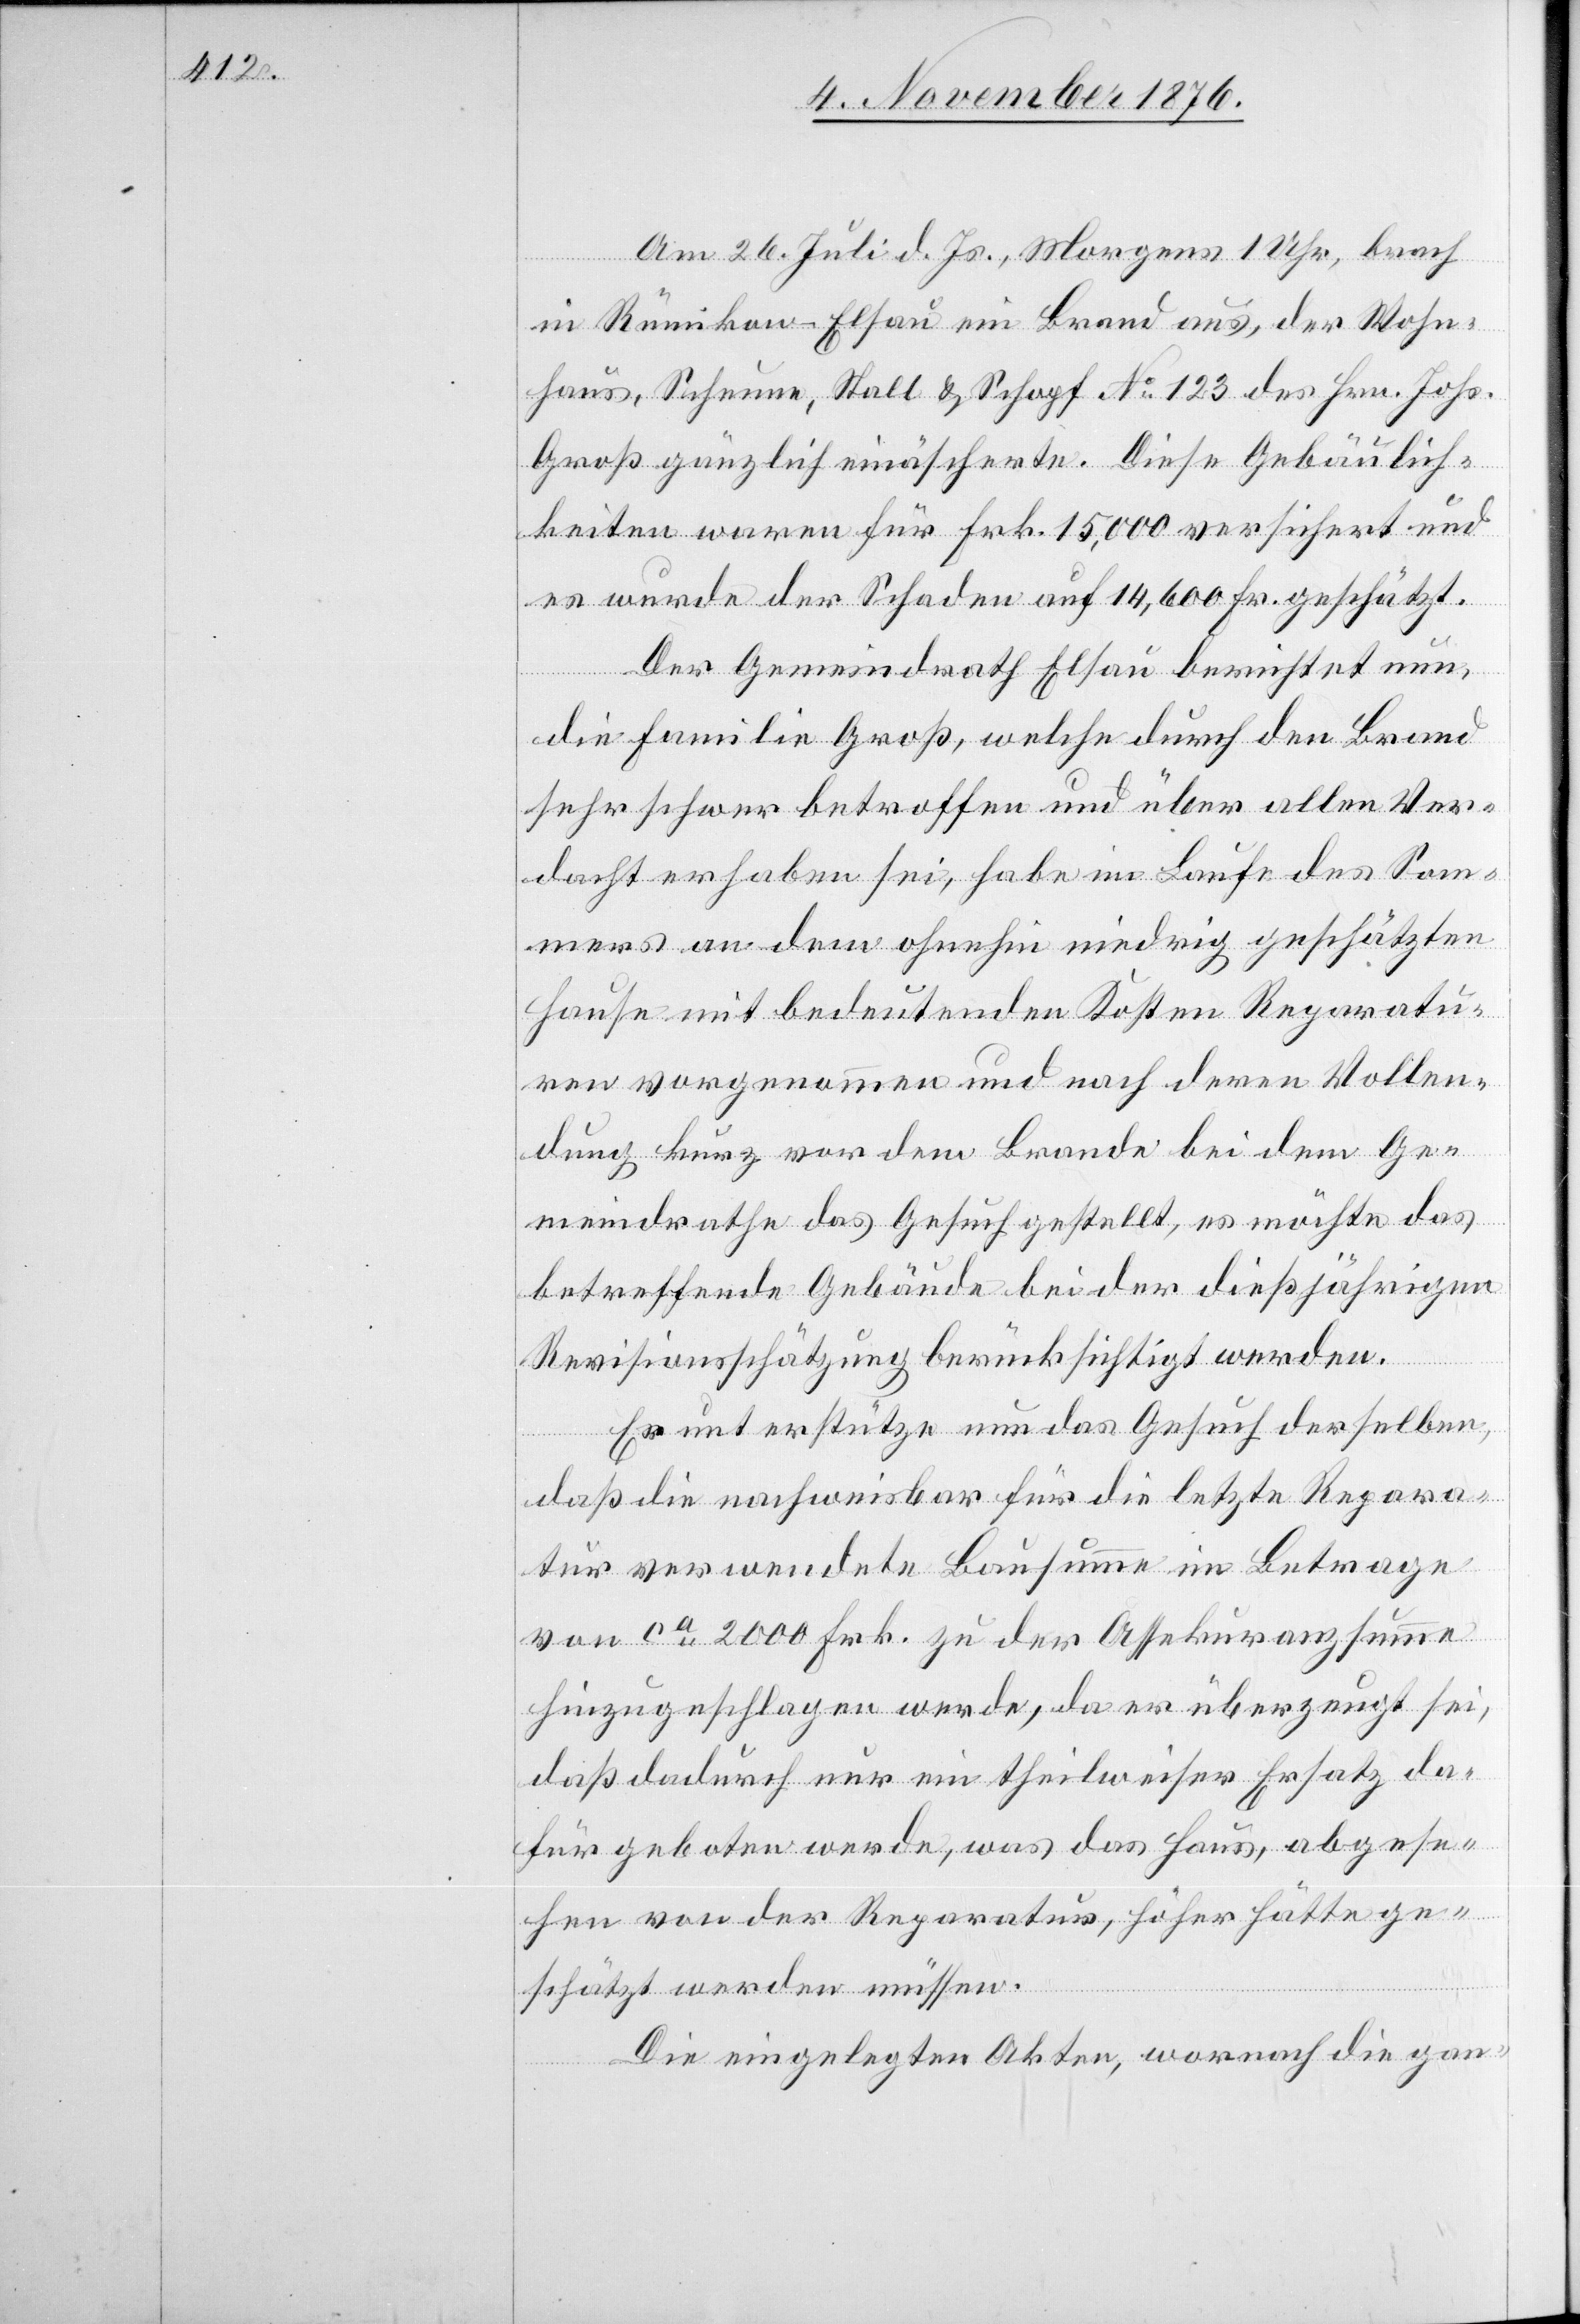
Am 26. Juli d. Js., Morgens 1 Uhr, brach
in Rümikon - Elsau ein Brand aus, der Wohn¬
haus, Scheune, Stall & Schopf No 123 des Hrn. Johs.
Groß gänzlich einäscherte. Diese Gebäulich¬
keiten waren für Frk. 15,000 versichert und
es wurde der Schaden auf 14,600 Fr. geschätzt.
Der Gemeindrath Elsau berichtet nun,
die Familie Groß, welche durch den Brand
sehr schwer betroffen und über allen Ver¬
dacht erhaben sei, habe im Laufe des Som¬
mers an dem ohnehin niedrig geschätzten
Hause mit bedeutenden Kosten Reparatu¬
ren vorgenommen und nach deren Vollen¬
dung kurz vor dem Brande bei dem Ge¬
meindrahte das Gesuch gestellt, es möchte das
betreffende Gebäude bei der dießjährigen
Revisionsschätzung berücksichtigt werden.
Es unterstütze nun das Gesuch derselben,
daß die nachweisbar für die letzte Repara¬
tur verwendete Bausumme im Betrage
von ca 2000 Frk. zu der Assekuranzsumme
hinzugeschlagen werde, da er überzeugt sei,
daß dadurch nur ein theilweiser Ersatz da¬
für geboten werde, was das Haus, abgese¬
hen von der Reparatur, höher hätte ge¬
schätzt werden müssen.
Die eingelegten Akten, wornach die gan-